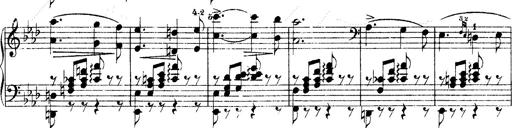
Title: O du mein holder Abendstern
Composer: Franz Liszt